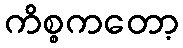
ကိစ္စကတော့